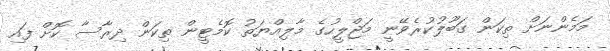
މަމެންނަށް ތިކަން ގަބޫލުުކުރެވޭނީ މަޖްލީހުގެ މާލިއްޔަތު ކޮމެޓީން ތިކަން ދިރާސާ ކޮށް ފައި